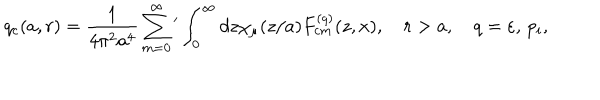
q _ { c } ( a , r ) = \frac { 1 } { 4 \pi ^ { 2 } a ^ { 4 } } \sum _ { m = 0 } ^ { \infty } { ' } \int _ { 0 } ^ { \infty } { d z \chi _ { \mu } ( z / a ) F _ { c m } ^ { ( q ) } ( z , x ) } , \quad r > a , \quad q = \varepsilon , \, p _ { i } ,